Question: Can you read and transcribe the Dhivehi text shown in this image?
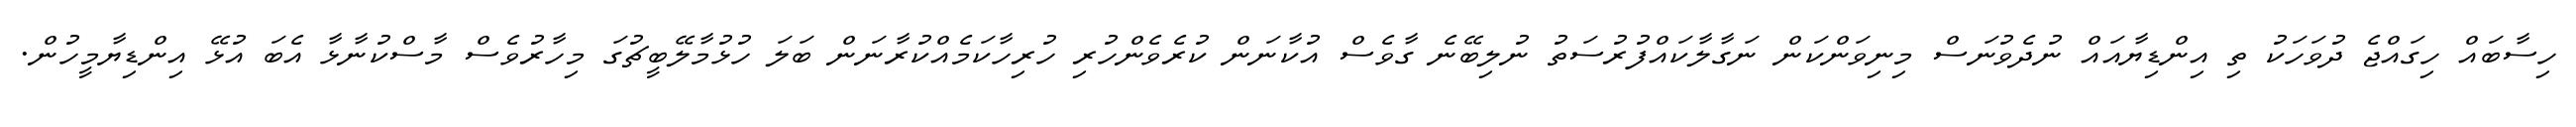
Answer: ހިސާބައް ހިގައްޖެ ދުވަހަކު ތި އިންޑިޔާއައް ނުދެވުނަސް މިނިވަންކަން ނަގާލާކައްފުރުސަތު ނުލިބޭނެ ގާވެސް އުކާނަން ކުރެވެންހުރި ހުރިހާކަމެއްކުރާނަން ބަލަ ހުޅުމާލޭބީޗުގަ މިހާރުވެސް މާސްކުނާޅާ އެބަ އުޅޭ އިންޑިޔާމީހުން.